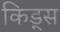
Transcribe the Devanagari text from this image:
किड्‍स